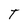
Character: T